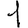
Digit: 1